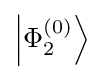
\left|\Phi _{2}^{(0)}\right\rangle